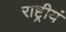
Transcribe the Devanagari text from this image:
राष्ट्रीयं